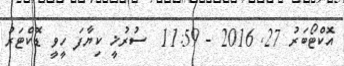
އޮކްޓޯބަރު 27